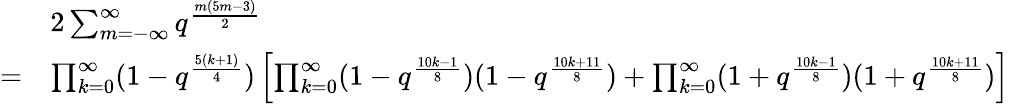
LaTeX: \begin{array}{rl}&{2\sum_{m=-\infty}^{\infty}q^{\frac{m(5m-3)}{2}}}\\ {=}&{\prod_{k=0}^{\infty}(1-q^{\frac{5(k+1)}{4}})\left[\prod_{k=0}^{\infty}(1-q^{\frac{10k-1}{8}})(1-q^{\frac{10k+11}{8}})+\prod_{k=0}^{\infty}(1+q^{\frac{10k-1}{8}})(1+q^{\frac{10k+11}{8}})\right]}\end{array}